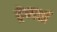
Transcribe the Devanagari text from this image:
ट्रेजर्स